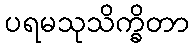
ပရမသုသိက္ခိတာ